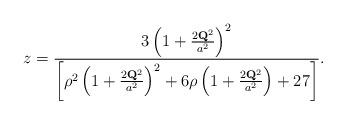
LaTeX: \begin{align*}z = \frac{3 \left( 1 + \frac{2 {\bf Q}^{2}}{a^{2}} \right)^{2}}{\left[\rho^{2} \left( 1 + \frac{2 {\bf Q}^{2}}{a^{2}} \right)^{2} + 6 \rho \left( 1 + \frac{2 {\bf Q}^{2}}{a^{2}} \right) + 27 \right]}.\end{align*}